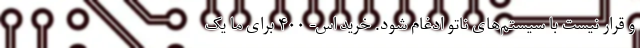
و قرار نیست با سیستم‌های ناتو ادغام شود. خرید اس- ۴۰۰ برای ما یک